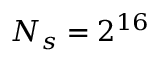
N _ { s } = 2 ^ { 1 6 }